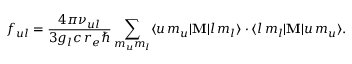
f _ { u l } = \frac { 4 \pi \nu _ { u l } } { 3 g _ { l } c \, r _ { e } \hbar } \sum _ { m _ { u } m _ { l } } \langle u \, m _ { u } | { \bf M } | l \, m _ { l } \rangle \cdot \langle l \, m _ { l } | { \bf M } | u \, m _ { u } \rangle .